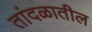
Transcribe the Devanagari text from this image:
तांदळातील